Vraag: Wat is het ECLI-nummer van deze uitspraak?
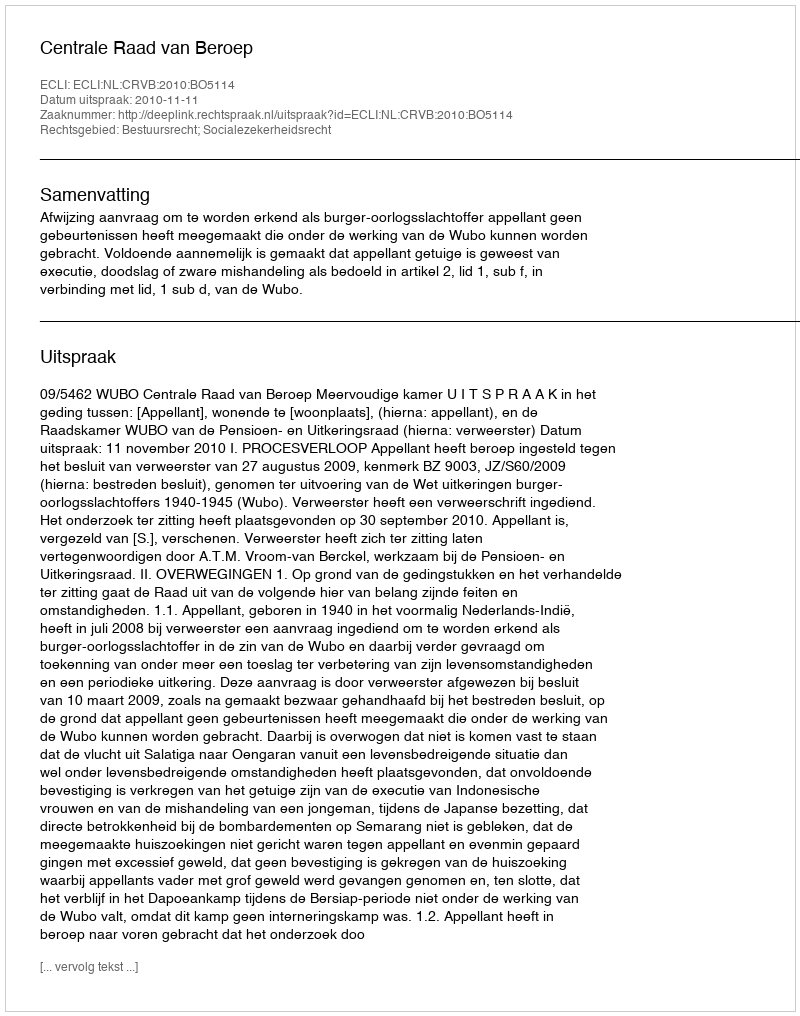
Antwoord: ECLI:NL:CRVB:2010:BO5114